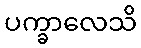
ပက္ခာလေသိ